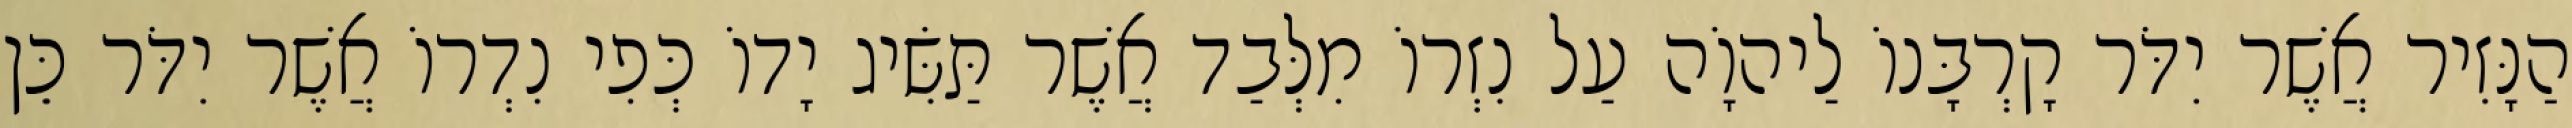
הַנָּזִיר אֲשֶׁר יִדֹּר קָרְבָּנוֹ לַיהוָֹה עַל נִזְרוֹ מִלְּבַד אֲשֶׁר תַּשִּׂיג יָדוֹ כְּפִי נִדְרוֹ אֲשֶׁר יִדֹּר כֵּן